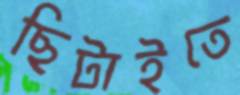
ছিটাইতে